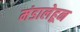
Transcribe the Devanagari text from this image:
मंडालेहून